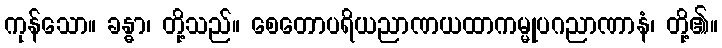
ကုန်သော။ ခန္ဓာ၊ တို့သည်။ စေတောပရိယညာဏယထာကမ္မုပဂညာဏာနံ၊ တို့၏။